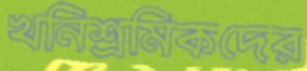
খনিশ্রমিকদের